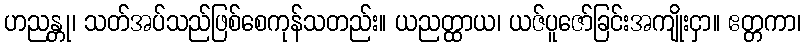
ဟညန္တု၊ သတ်အပ်သည်ဖြစ်စေကုန်သတည်း။ ယညတ္ထာယ၊ ယဇ်ပူဇော်ခြင်းအကျိုးငှာ။ ဧတ္တကာ၊